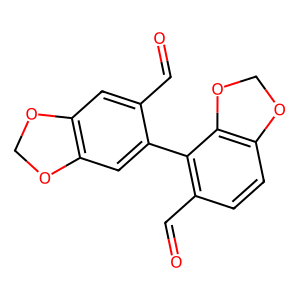
SMILES: O=Cc1cc2c(cc1-c1c(C=O)ccc3c1OCO3)OCO2
Inhibits HIV replication: No